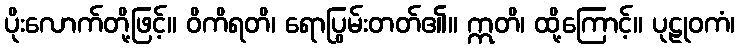
ပိုးလောက်တို့ဖြင့်။ ဝိကိရတိ၊ ရောပြွမ်းတတ်၏။ ဣတိ၊ ထို့ကြောင့်။ ပုဠုဝကံ၊